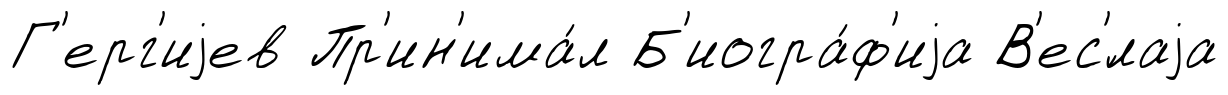
Г'ерг'иjев Пр'ин'има́л Б'иогра́ф'иjа В'ес'́лаjа